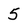
Character: 5